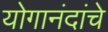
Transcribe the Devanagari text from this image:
योगानंदांचे